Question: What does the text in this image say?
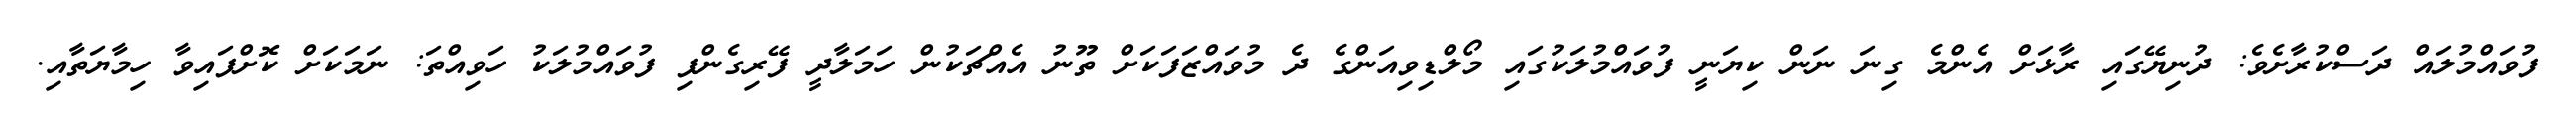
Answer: ފުވައްމުލައް ދަސްކުރާށެވެ: ދުނިޔޭގައި ރާޅަށް އެންމެ ގިނަ ނަން ކިޔަނީ ފުވައްމުލަކުގައި މޯލްޑިވިއަންގެ ދެ މުވައްޒަފަކަށް ތޫނު އެއްޗަކުން ހަމަލާދީ ފޭރިގެންފި ފުވައްމުލަކު ހަވިއްތަ: ނަމަކަށް ކޮށްފައިވާ ހިމާޔަތާއި.